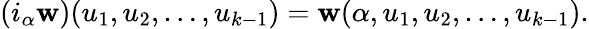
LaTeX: (i_{\alpha}{\mathbf{w}})(u_{1},u_{2},\ldots,u_{k-1})={\mathbf{w}}(\alpha,u_{1},u_{2},\ldots,u_{k-1}).